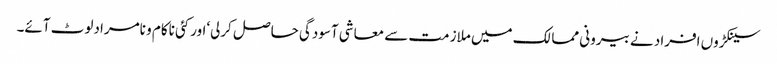
سینکڑوں افراد نے بیرونی ممالک میں ملازمت سے معاشی آسودگی حاصل کرلی‘اورکئی ناکام و نامرادلوٹ آئے۔